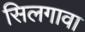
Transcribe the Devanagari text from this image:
सिलगावा